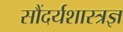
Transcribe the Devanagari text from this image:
सौंदर्यशास्त्रज्ञ